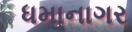
ધમાનાગર